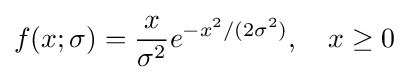
f(x;\sigma )={\frac {x}{\sigma ^{2}}}e^{-x^{2}/(2\sigma ^{2})},\quad x\geq 0